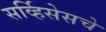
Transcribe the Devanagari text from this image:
सर्व्हिसेसचे